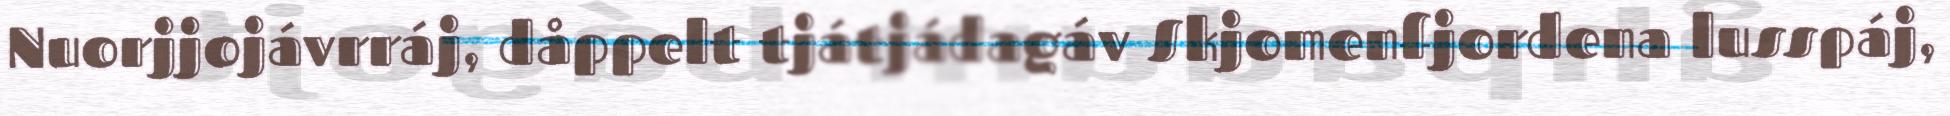
Nuorjjojávrráj, dåppelt tjátjádagáv Skjomenfjordena lusspáj,